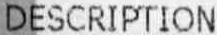
DESCRIPTION